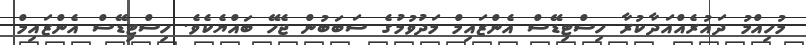
މުހިއްމު ދައުރެއްއަދާކުރާ ހިސްޓިޑޭސް އެންޒައިމް މަދުވުމުގެ ސަބަބުން ޖެހޭ ބައްޔެކެވެ. ހިސްޓިޑޭސް އެންޒައިމް